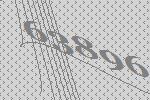
63896